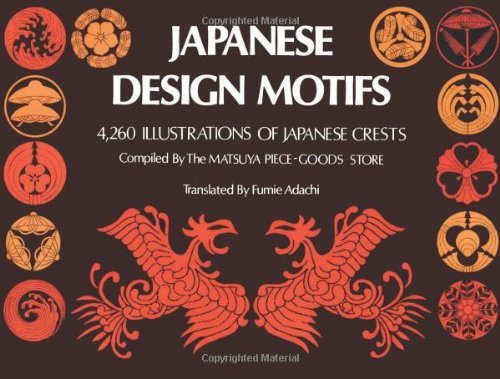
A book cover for Japanese Design Motifs: 4,260 Illustrations of Japanese Crests; Arts & Photography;